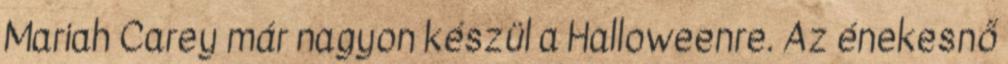
Mariah Carey már nagyon készül a Halloweenre. Az énekesnő